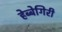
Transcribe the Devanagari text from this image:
हेब्बेगिरी